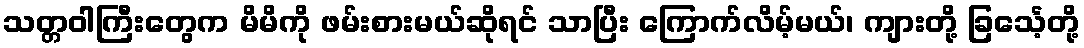
သတ္တဝါကြီးတွေက မိမိကို ဖမ်းစားမယ်ဆိုရင် သာပြီး ကြောက်လိမ့်မယ်၊ ကျားတို့ ခြင်္သေ့တို့